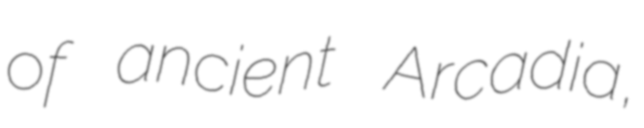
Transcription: of ancient Arcadia,